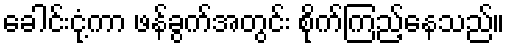
ခေါင်းငုံ့ကာ ဖန်ခွက်အတွင်း စိုက်ကြည့်နေသည်။